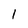
Character: 1